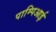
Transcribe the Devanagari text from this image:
पाम्पिआई